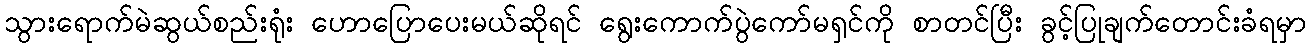
သွားရောက်မဲဆွယ်စည်းရုံး ဟောပြောပေးမယ်ဆိုရင် ရွေးကောက်ပွဲကော်မရှင်ကို စာတင်ပြီး ခွင့်ပြုချက်တောင်းခံရမှာ